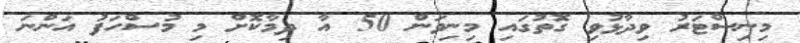
މިނިސްޓަރު ވިދާޅުވި ގޮތުގައި މިނިވަން 50 އާ ދިމާކޮށް މި މުސްހަފު އަންނަ